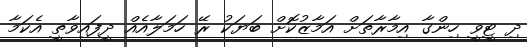
ދި ޓީވީ ހިންގާ އިމާރާތަށް އަމާޒުކޮށް ބަޔަކު ރޭ ހަމަލާއެއް ދީފައިވާތީ އެކަމާ